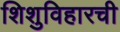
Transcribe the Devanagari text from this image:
शिशुविहारची